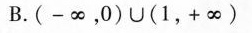
B.(-∞，0)∪(1，+∞)